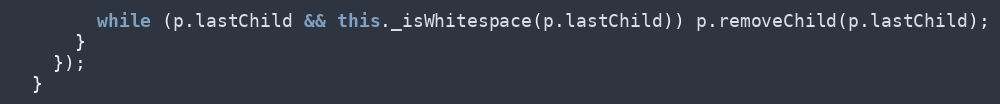
Language: JavaScript
        while (p.lastChild && this._isWhitespace(p.lastChild)) p.removeChild(p.lastChild);
      }
    });
  }